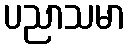
ပညာသမာ